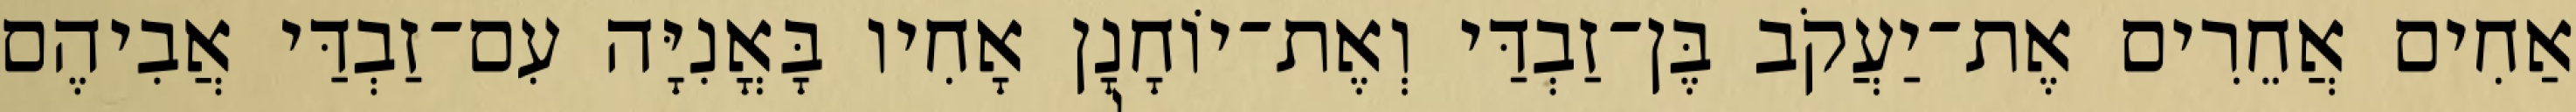
אַחִים אֲחֵרִים אֶת־יַעֲקֹב בֶּן־זַבְדַּי וְאֶת־יוֹחָנָן אָחִיו בָּאֳנִיָּה עִם־זַבְדַּי אֲבִיהֶם